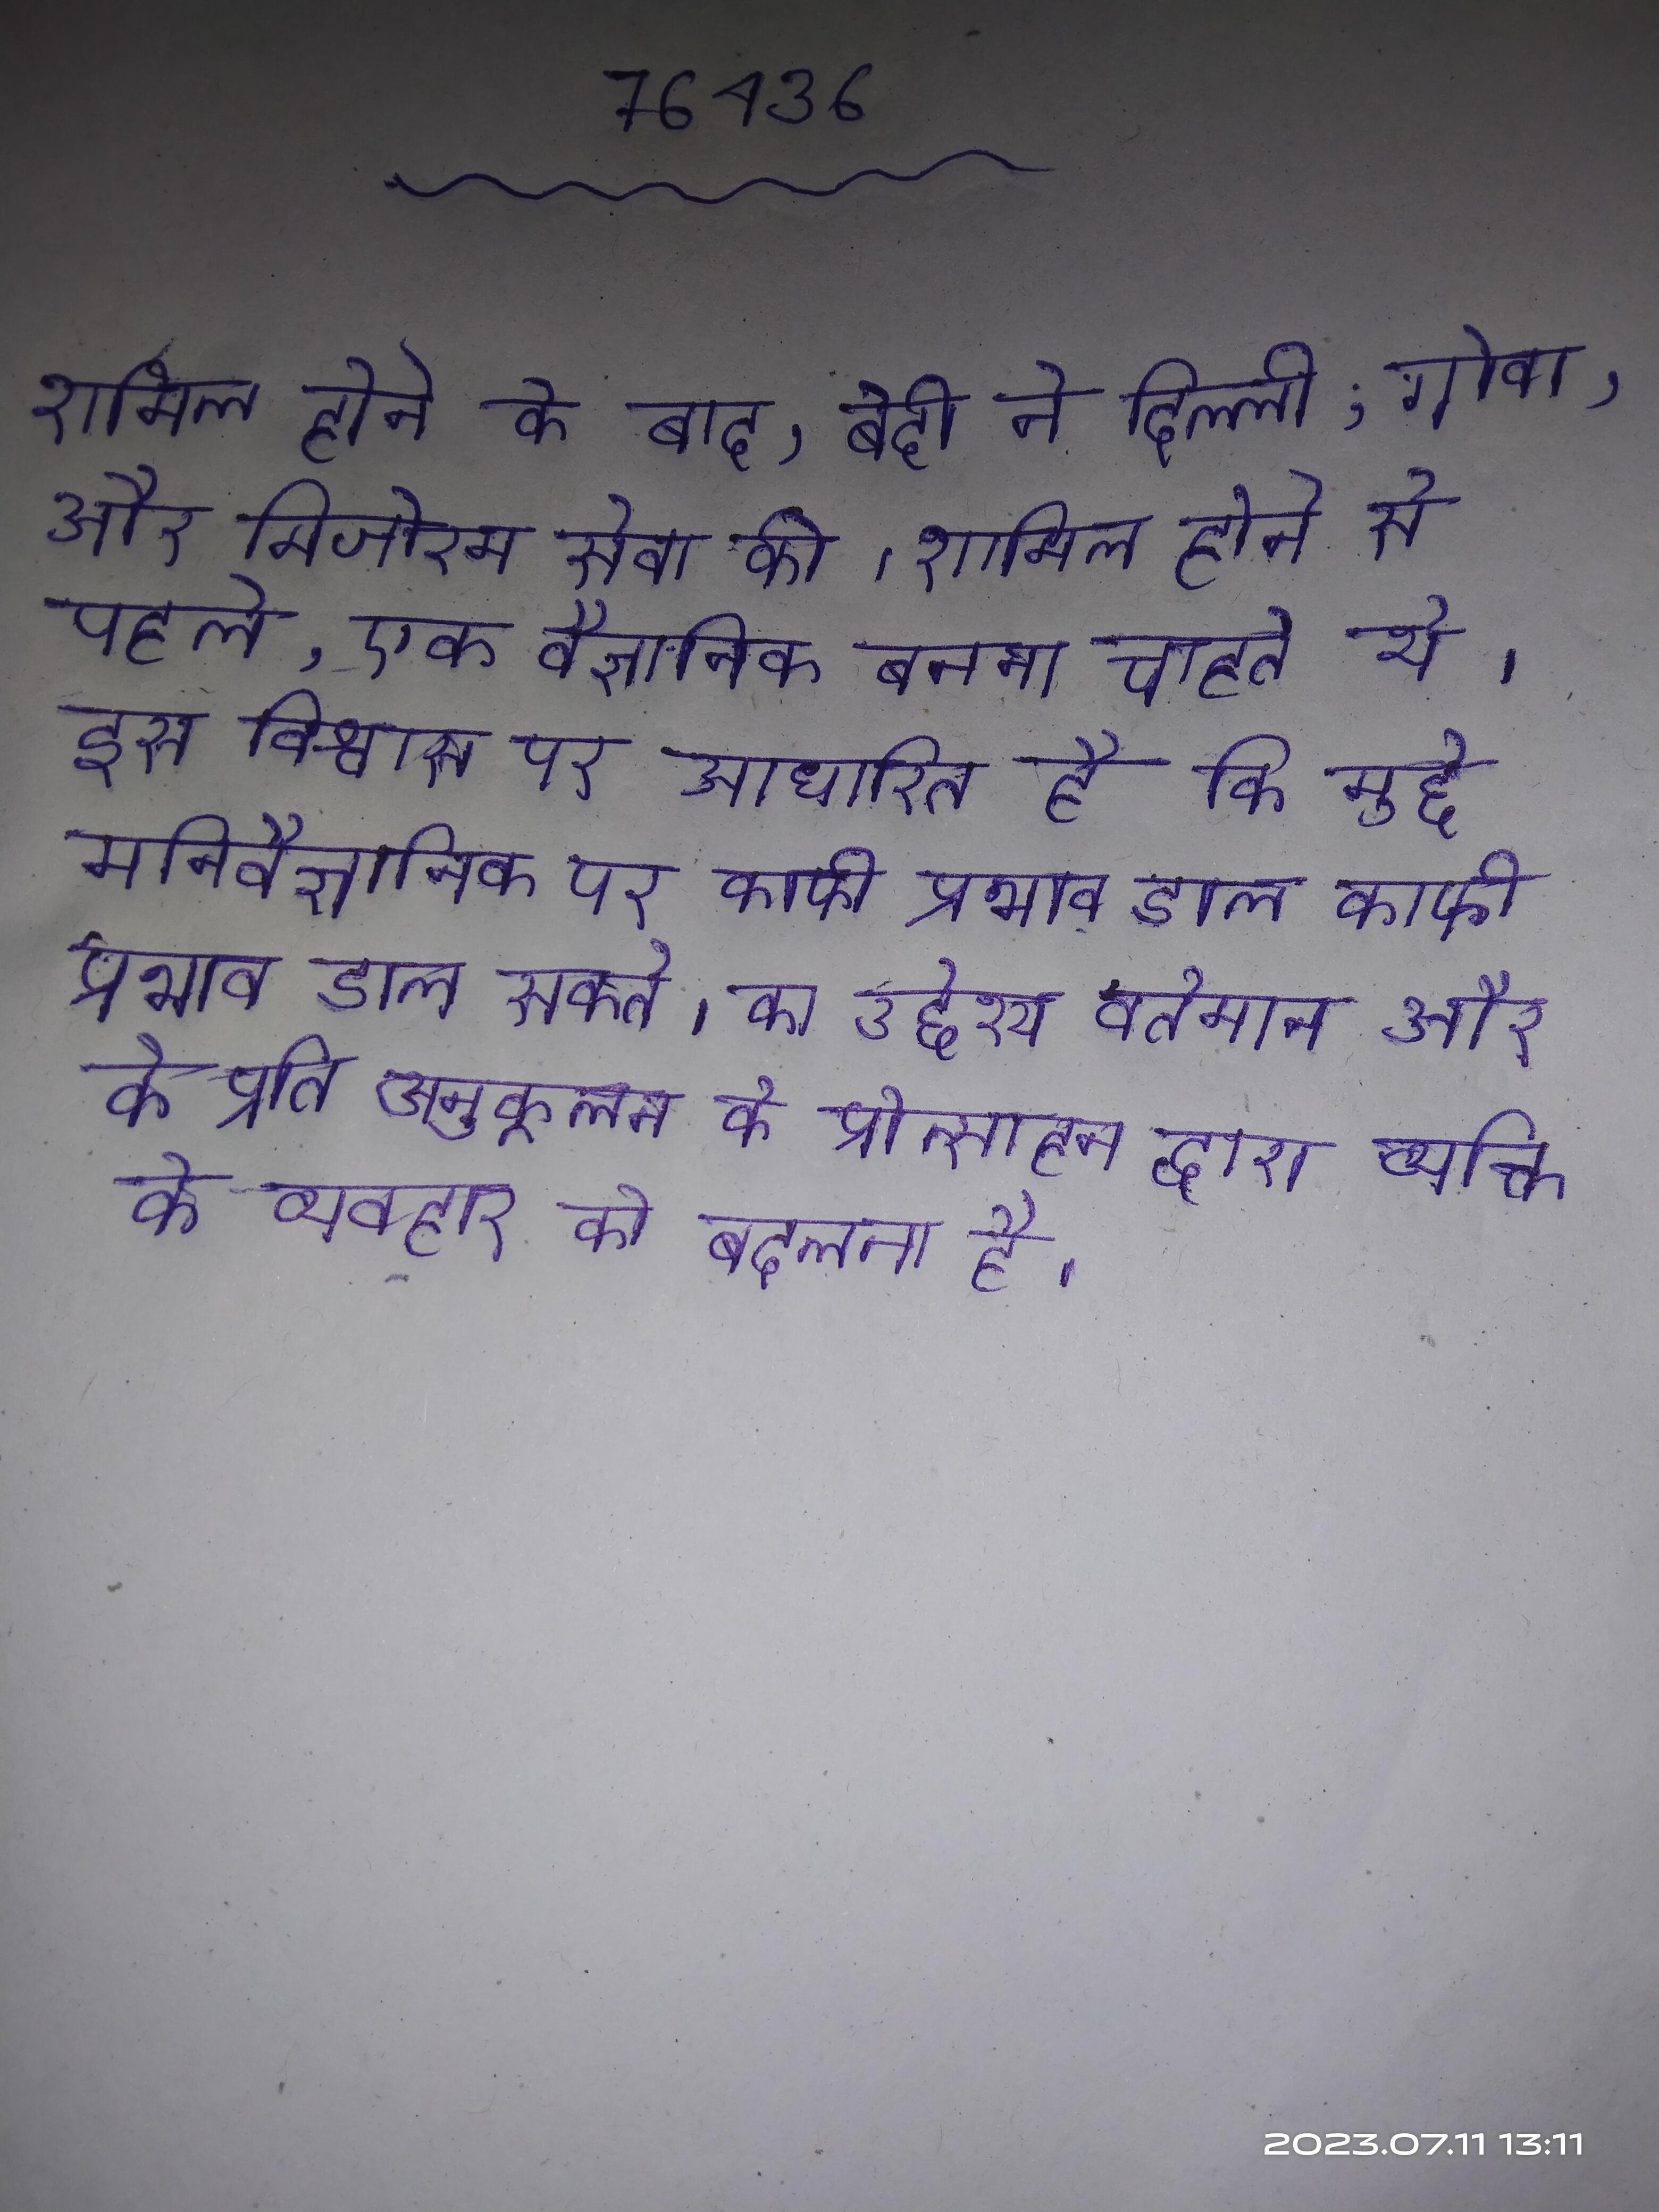
शामिल होने के बाद, बेदी ने दिल्ली, गोवा, और मिजोरम सेवा की । शामिल होने से पहले, एक वैज्ञानिक बनना चाहते थे । इस विश्वास पर आधारित है कि मुद्दे मनिवैज्ञानिक पर काफी प्रभाव डाल सकते । का उद्देश्य वर्तमान और के प्रति अनुकूलन के प्रोत्साहन द्वारा व्यक्ति के व्यवहार को बदलना है ।